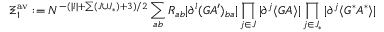
\Xi _ { 1 } ^ { \mathrm { a v } } : = N ^ { - ( | \boldsymbol { l } | + \sum ( J \cup J _ { * } ) + 3 ) / 2 } \sum _ { a b } R _ { a b } | \partial ^ { \boldsymbol { l } } ( G { A ^ { \prime } } ) _ { b a } | \prod _ { \boldsymbol { j } \in J } | \partial ^ { \boldsymbol { j } } \langle G A \rangle | \prod _ { \boldsymbol { j } \in J _ { * } } | \partial ^ { \boldsymbol { j } } \langle G ^ { * } A ^ { * } \rangle |